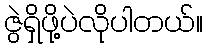
ဇွဲရှိဖို့ပဲလိုပါတယ်။